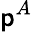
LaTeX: \mathsf{p}^{A}